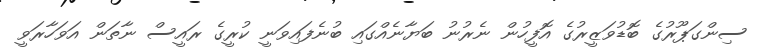
ސިންގަޕޫރުގެ ބޮޑުވަޒީރުގެ އޮފީހުން ނެރުނު ބަޔާނެއްގައި ބުނެފައިވަނީ ކުރީގެ ރައީސް ނާތަން އަވަހާރަވީ